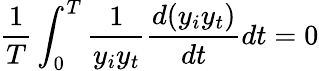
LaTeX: \frac{1}{T}\int_{0}^{T}\frac{1}{y_{i}y_{t}}\frac{d(y_{i}y_{t})}{dt}dt=0